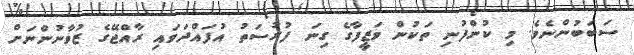
ސަބަބުންނެވެ. މި ކުންފުނި ތަކުން ވަޒީފާގެ ގިނަ ފުރުސަތު އުފައްދަވައި ރާއްޖޭގެ ޒުވާނުންނަށް